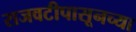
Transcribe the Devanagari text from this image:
राजवटीपासूनच्या